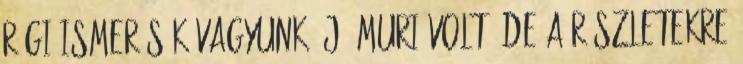
régi ismerősök vagyunk. Jó muri volt, de a részletekre